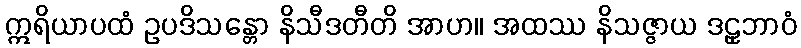
ဣရိယာပထံ ဥပဒိသန္တော နိသီဒတီတိ အာဟ။ အထဿ နိသဇ္ဇာယ ဒဠှဘာဝံ